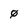
Character: 0